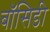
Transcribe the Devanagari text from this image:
बॉसिडी